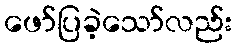
ဖော်ပြခဲ့သော်လည်း